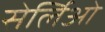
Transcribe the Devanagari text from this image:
सेर्लिओ